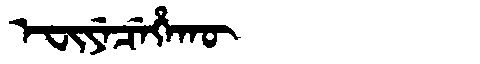
Manchu: ᡝᠸᡳᠶᡝᠴᡝᡥᠠᡴᡡ
Romanization: EFIYECEHAKŪ